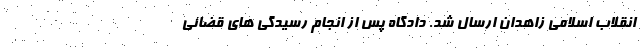
انقلاب اسلامی زاهدان ارسال شد. دادگاه پس از انجام رسیدگی های قضائی